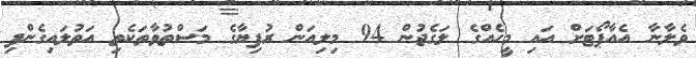
ވެލާނާ އެއާޕޯޓަށް އައި މީހެއްގެ ލަގެޖުން 94 މިލިއަން ރުފިޔާގެ މަސްތުވާތަކެތި އަތުލައިގެންފި